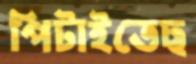
পিটাইতেছ